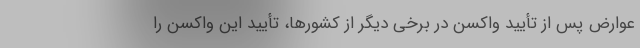
عوارض پس از تأیید واکسن در برخی دیگر از کشورها، تأیید این واکسن را